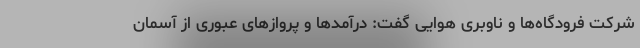
شرکت فرودگاه‌ها و ناوبری هوایی گفت: درآمدها و پروازهای عبوری از آسمان